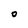
Character: O